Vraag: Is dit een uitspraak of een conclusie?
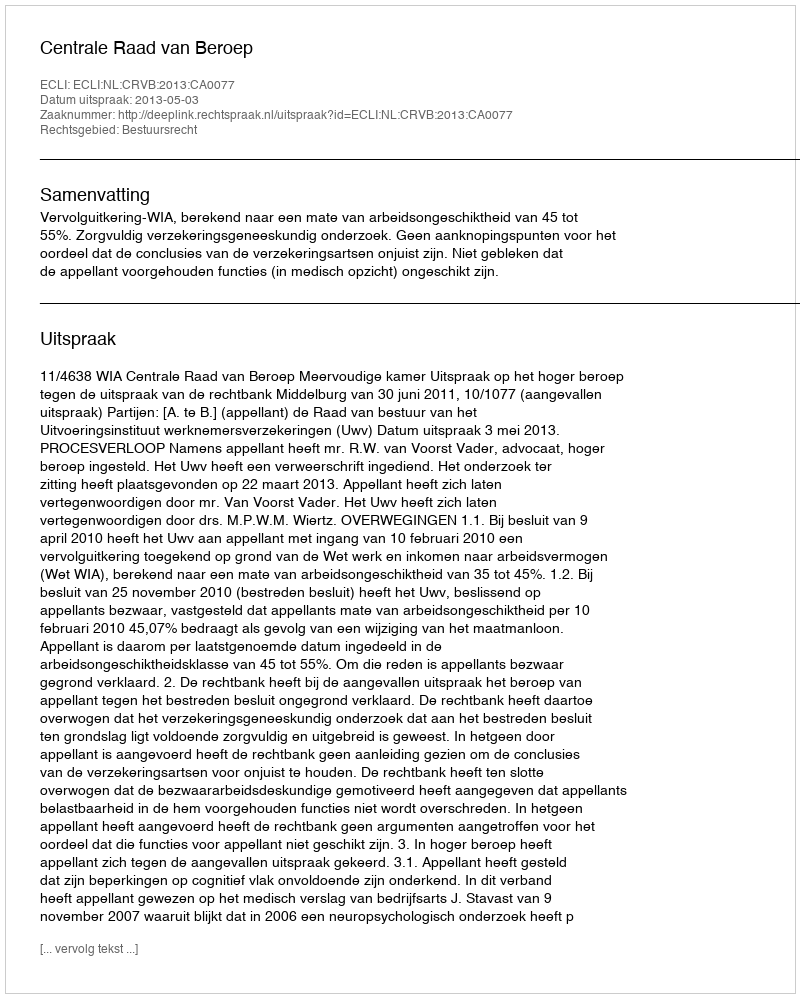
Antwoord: Uitspraak